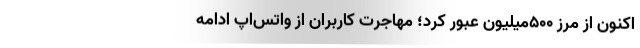
اکنون از مرز ۵۰۰‌میلیون عبور کرد؛ مهاجرت کاربران از واتس‌اپ ادامه